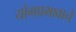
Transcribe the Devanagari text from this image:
योगप्रभावाने